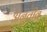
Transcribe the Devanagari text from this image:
अनुतीव्र